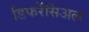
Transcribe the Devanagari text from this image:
डिफरेंसिअल